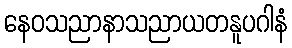
နေဝသညာနာသညာယတနူပဂါနံ